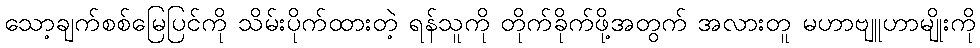
သော့ချက်စစ်မြေပြင်ကို သိမ်းပိုက်ထားတဲ့ ရန်သူကို တိုက်ခိုက်ဖို့အတွက် အလားတူ မဟာဗျူဟာမျိုးကို